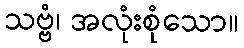
သဗ္ဗံ၊ အလုံးစုံသော။